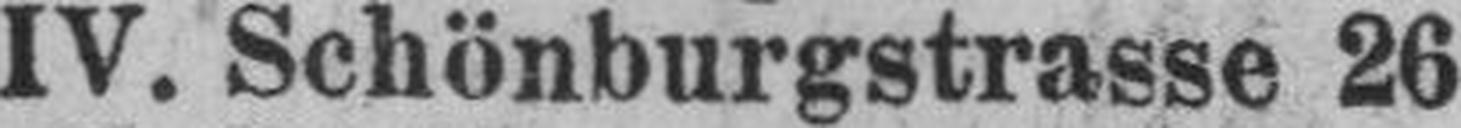
IV. Schönburgstrasse 26